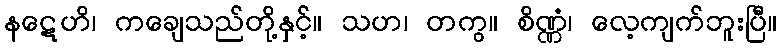
နဋေဟိ၊ ကချေသည်တို့နှင့်။ သဟ၊ တကွ။ စိဏ္ဏံ၊ လေ့ကျက်ဘူးပြီ။